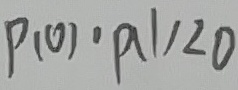
P ( 0 ) \cdot P ( 1 ) < 0